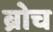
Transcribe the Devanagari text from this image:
ब्रोच